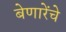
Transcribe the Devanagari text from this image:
बेणारेंचे